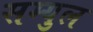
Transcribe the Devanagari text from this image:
सम्युल